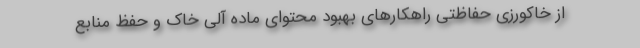
از خاکورزی حفاظتی راهکارهای بهبود محتوای ماده آلی خاک و حفظ منابع